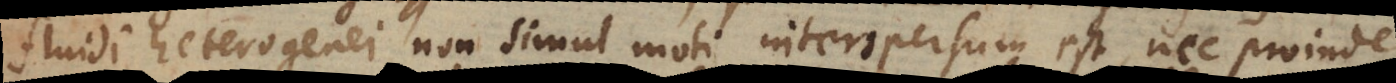
fluidi heterogenei non simul moti interspersum est, nec proinde